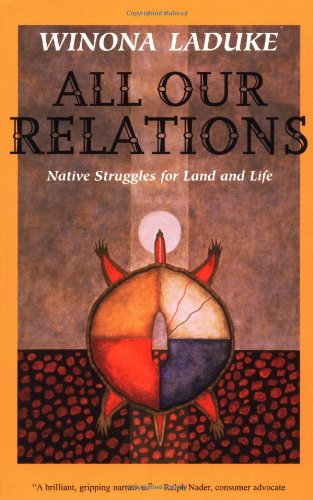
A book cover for All Our Relations: Native Struggles for Land and Life; Winona LaDuke; Law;